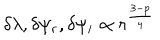
LaTeX: \delta \lambda , \delta \psi _ { r } , \delta \psi _ { i } \propto r ^ { \frac { 3 - p } { 4 } }